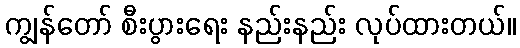
ကျွန်တော် စီးပွားရေး နည်းနည်း လုပ်ထားတယ်။